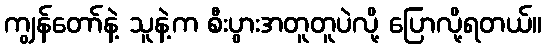
ကျွန်တော်နဲ့ သူနဲ့က စီးပွားအတူတူပဲလို့ ပြောလို့ရတယ်။